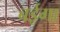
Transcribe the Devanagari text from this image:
बईगा